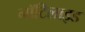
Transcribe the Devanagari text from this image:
नॉटिलाइड